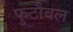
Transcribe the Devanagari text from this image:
फुटौवल